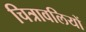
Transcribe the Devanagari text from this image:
चित्रावलियों